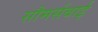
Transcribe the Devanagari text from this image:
सौमर्सबाई